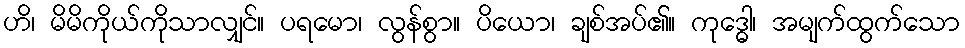
ဟိ၊ မိမိကိုယ်ကိုသာလျှင်။ ပရမော၊ လွန်စွာ။ ပိယော၊ ချစ်အပ်၏။ ကုဒ္ဓေါ၊ အမျက်ထွက်သော